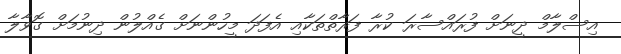
އިސްލާމް ދީނަށް ފުރައްސާރަ ކުރާ ފަރާތްތަކާއި އެފަދަ މީހުންނަށް ގެއްލުން ދިނުމަށް ގޮވާލާ